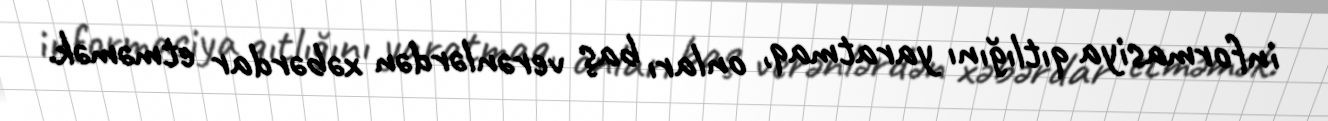
informasiya qıtlığını yaratmaq, onları baş verənlərdən xəbərdar etməmək.